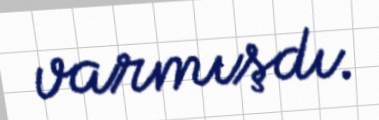
varmışdı.